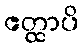
ဧတ္ထာပိ